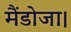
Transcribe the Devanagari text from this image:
मैंडोजा।